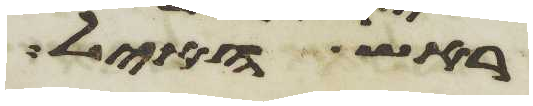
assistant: ראש האיל